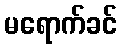
မရောက်ခင်